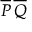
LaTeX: { \overline { { P } } } \, { \overline { { Q } } }